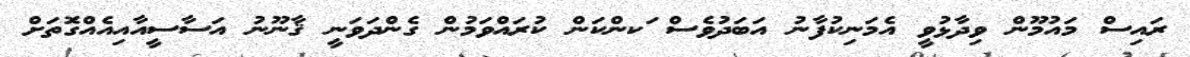
ރައިސް މައުމޫން ވިދާޅުވީ އެމަނިކުފާނު އަބަދުވެސް ަކންކަން ކުރައްވަމުން ގެންދަވަނީ ޤާނޫނު އަސާސީއާއިއެއްގޮަތަށް